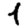
Digit: 1